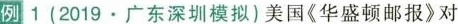
例1 (2019·广东深圳模拟)美国《华盛顿邮报》对